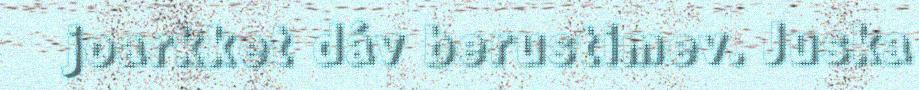
joarkket dáv berustimev. Juska